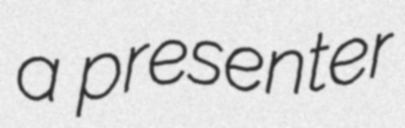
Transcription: a presenter